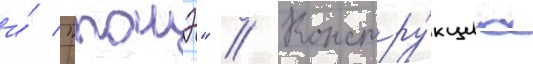
и́ "тонэ" // Констру́кциа